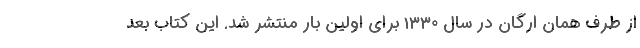
از طرف همان ارگان در سال 1330 برای اولین بار منتشر شد. این کتاب بعد